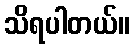
သိရပါတယ်။